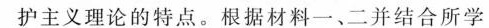
护主义理论的特点。根据材料一、二并结合所学